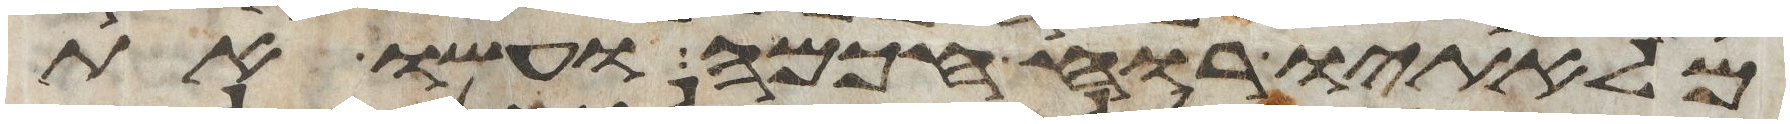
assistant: מלאתיו רוח חכמה ועשו את